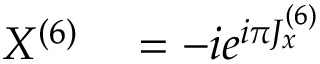
\begin{array} { r l } { X ^ { ( 6 ) } } & { { } = - i e ^ { i \pi J _ { x } ^ { ( 6 ) } } } \end{array}